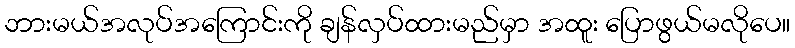
ဘားမယ်အလုပ်အကြောင်းကို ချန်လှပ်ထားမည်မှာ အထူး ပြောဖွယ်မလိုပေ။